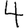
Digit: 4